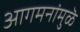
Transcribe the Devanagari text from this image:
आगमनांमुळॆ